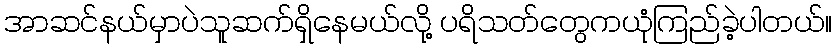
အာဆင်နယ်မှာပဲသူဆက်ရှိနေမယ်လို့ ပရိသတ်တွေကယုံကြည်ခဲ့ပါတယ်။